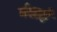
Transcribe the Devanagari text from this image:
घंटाई